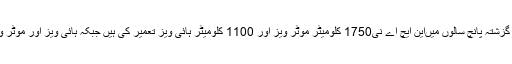
پیر 21 مئی 2018 ء) قومی اسمبلی کی قائمہ کمیٹی برائے ہائی ویز اتھارٹی کو بتایا گیا کہ گزشتہ پانچ سالوں میںاین ایچ اے نی1750 کلومیٹر موٹر ویز اور 1100 کلومیٹر ہائی ویز تعمیر کی ہیں جبکہ ہائی ویز اور موٹر ویز پولیس میں 3869 آسامیاںپیدا ہو ئی ہیں جن پر جلد بھرتی کا عمل مکمل کر لیا جائے گا ۔